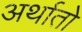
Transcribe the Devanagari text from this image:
अर्थातो